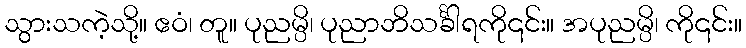
သွားသကဲ့သို့။ ဧဝံ၊ တူ။ ပုညမ္ပိ၊ ပုညာဘိသင်္ခါရကို၎င်း။ အပုညမ္ပိ၊ ကို၎င်း။